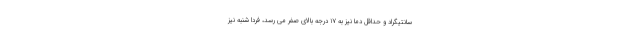
سانتیگراد و حداقل دما نیز به ۱۷ درجه بالای صفر می رسد، فردا شنبه نیز